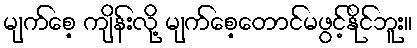
မျက်စေ့ ကျိန်းလို့ မျက်စေ့တောင်မဖွင့်နိုင်ဘူး။